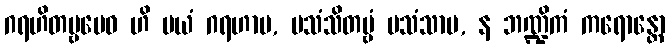
ဂရဟိတဗ္ဗမေဝ ဟိ မယံ ဂရဟာမ, ပသံသိတဗ္ဗံ ပသံသာမ, န ဘဏ္ဍိကံ ကရောန္တော